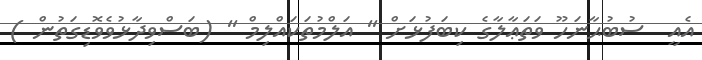
އެއީ  ސުބުޙާނަހޫ ވަތަޢާލާގެ ކިބަފުޅަށް '' އަލްމުތަކައްލިމް '' (ބަސްވިދާޅުވެވޮޑިގަތުން )